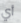
أي